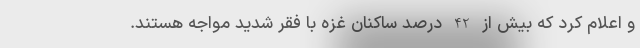
و اعلام کرد که بیش از 42 درصد ساکنان غزه با فقر شدید مواجه هستند.